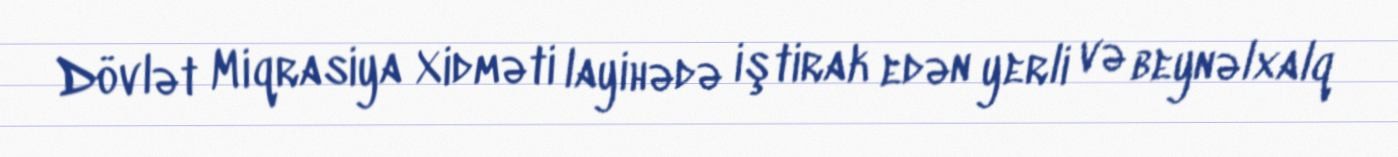
Dövlət Miqrasiya Xidməti layihədə iştirak edən yerli və beynəlxalq